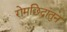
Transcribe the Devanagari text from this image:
रोमछिद्रांतुन